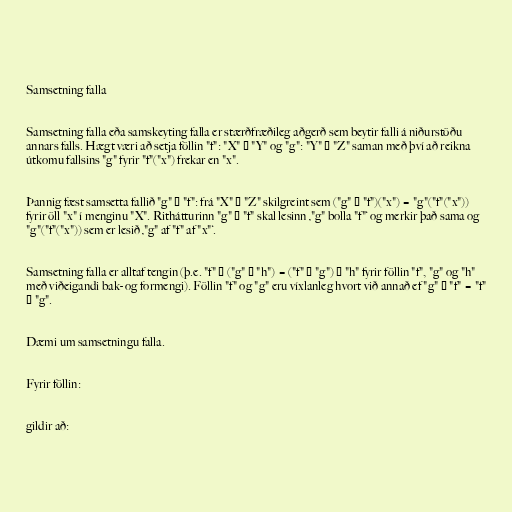
Samsetning falla

Samsetning falla eða samskeyting falla er stærðfræðileg aðgerð sem beytir falli á niðurstöðu
annars falls. Hægt væri að setja föllin "f": "X" → "Y" og "g": "Y" → "Z" saman með því að reikna
útkomu fallsins "g" fyrir "f"("x") frekar en "x".

Þannig fæst samsetta fallið "g" ∘ "f": frá "X" → "Z" skilgreint sem ("g" ∘ "f")("x") = "g"("f"("x"))
fyrir öll "x" í menginu "X". Rithátturinn "g" ∘ "f" skal lesinn ‚"g" bolla "f"‘ og merkir það sama og
"g"("f"("x")) sem er lesið ‚"g" af "f" af "x"‘.

Samsetning falla er alltaf tengin (þ.e. "f" ∘ ("g" ∘ "h") = ("f" ∘ "g") ∘ "h" fyrir föllin "f", "g" og "h"
með viðeigandi bak- og formengi). Föllin "f" og "g" eru víxlanleg hvort við annað ef "g" ∘ "f" = "f"
∘ "g".

Dæmi um samsetningu falla.

Fyrir föllin:

gildir að: